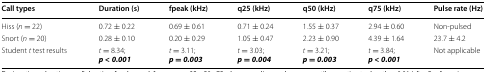
| Call types | Duration (s) | fpeak (kHz) | q25 (kHz) | q50 (kHz) | q75 (kHz) | Pulse rate (Hz) |
 | --- | --- | --- | --- | --- | --- | --- |
 | Hiss (n = 22) | 0.72 ± 0.22 | 0.69 ± 0.61 | 0.71 ± 0.24 | 1.55 ± 0.37 | 2.94 ± 0.60 | Non-pulsed |
 | Snort (n = 20) | 0.28 ± 0.10 | 0.20 ± 0.29 | 1.05 ± 0.47 | 2.23 ± 0.90 | 4.39 ± 1.64 | 23.7 ± 4.2 |
 | Student t test results | t = 8.34;p < 0.001 | t = 3.11;p = 0.003 | t = 3.03;p = 0.004 | t = 3.21;p = 0.003 | t = 3.84;p < 0.001 | Not applicable |